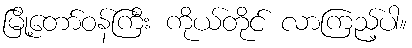
မြို့တော်ဝန်ကြီး ကိုယ်တိုင် လာကြည့်ပါ။